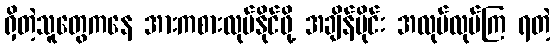
ရှိတဲ့သူတွေကနေ အားကစားလုပ်နိုင်ဖို့ အချိန်ပိုင်း အလုပ်လုပ်ကြ ရတဲ့